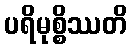
ပရိမုစ္စိဿတိ